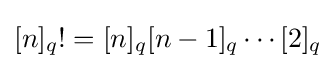
[n]_{q}!=[n]_{q}[n-1]_{q}\cdots [2]_{q}